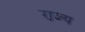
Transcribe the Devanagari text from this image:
रा़ज्य